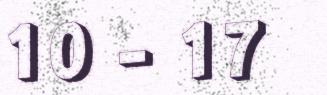
10 - 17